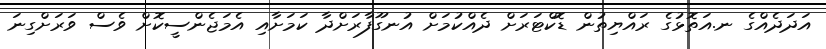
އަދަދެއްގެ ނ.އަތޮޅުގެ ރައްޔިތުން ޑޮކްޓަރަށް ދެއްކުމަށް އުނގޫފާރަށްދާ ކަމަށާއި އެމަޖެންސީކޮށް ވެސް ވަރަށްގިނަ